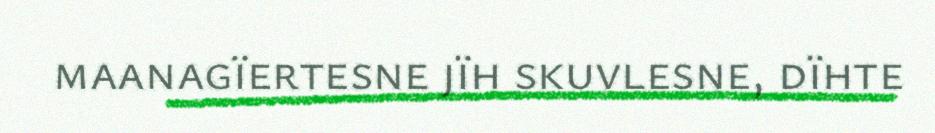
maanagïertesne jïh skuvlesne, dïhte